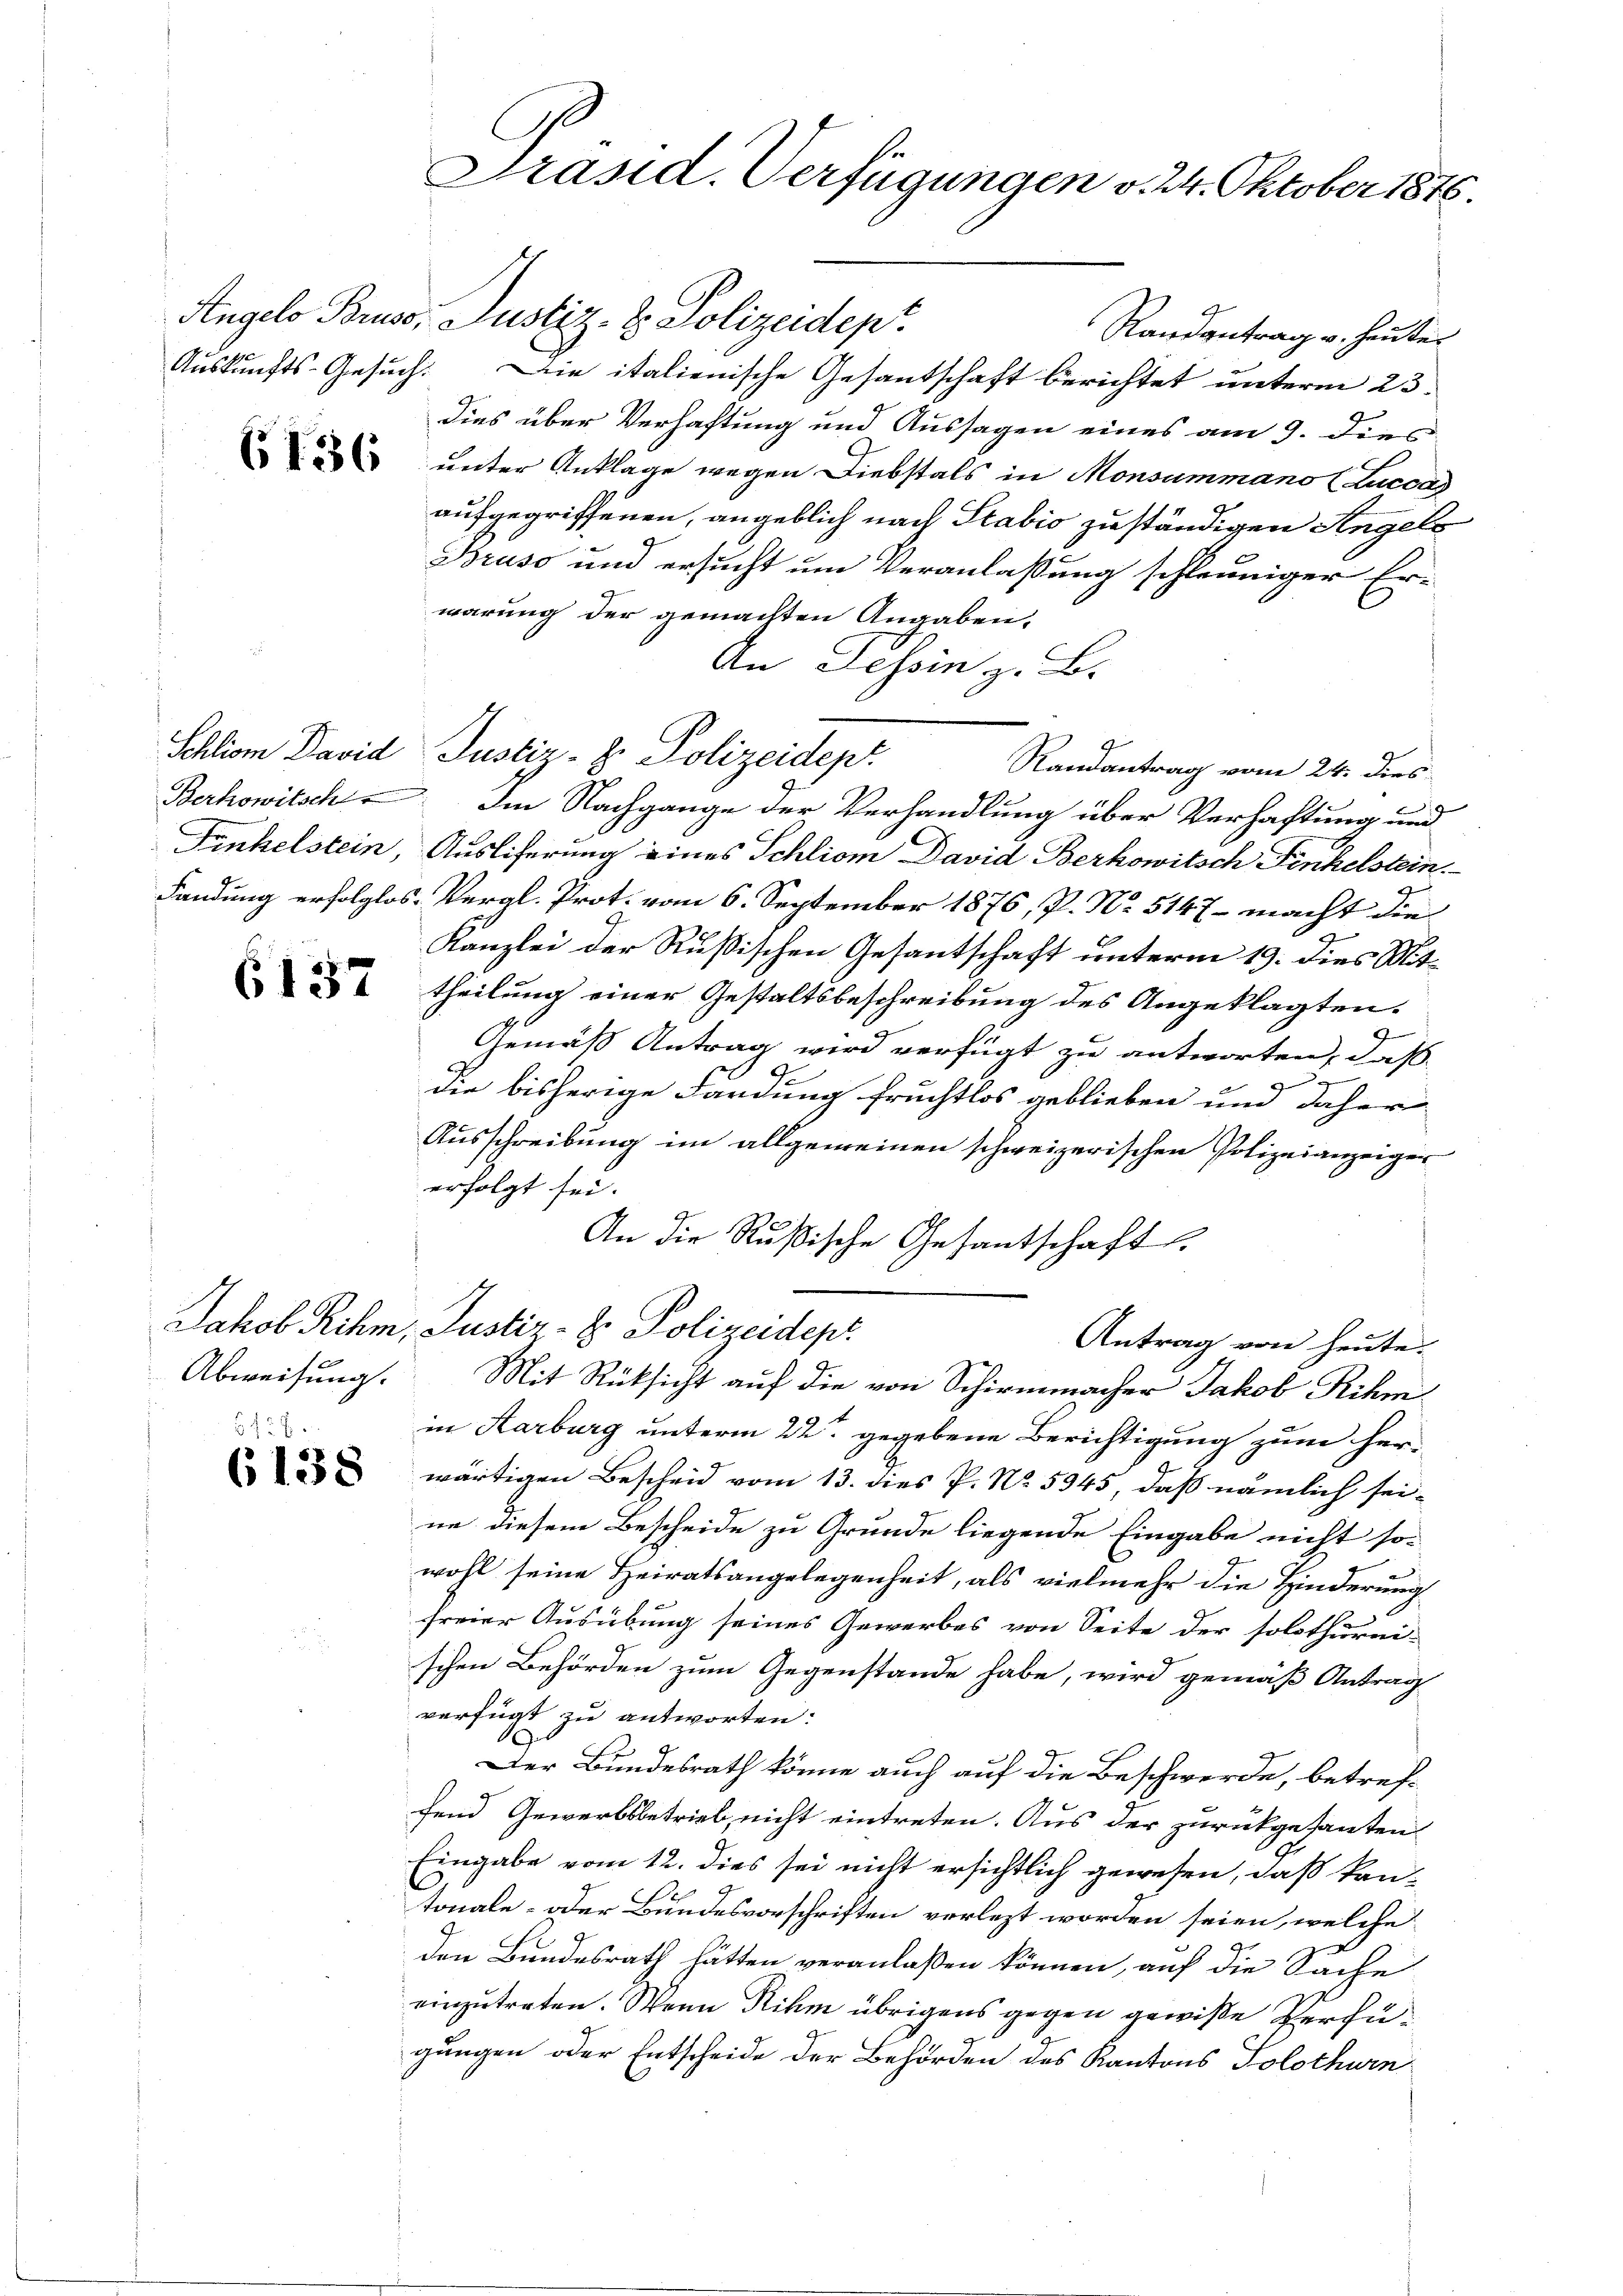
6137

127
6138

e
Präsid. Verfügungen v. 24. Oktober 1876.

Randantrag u. heuter
Auskunfts-Gesuch. Die italienische Gesandschaft berichtet unterm 23.
dies über Verhaftung und Aussagen eines am 9. dies
 unter Anklage wegen Liebstals in Monsummano (Lucca
aufgegriffenen, angeblich nach Stabio zuständigen Angels
Bruso und ersucht um Veranlaßung schleuniger Er-
wärung der gemachten Angaben,
An Tessin z. B.
Randantrag vom 24. dies
Berkowitsch Im Nachgange der Verhandlung über Verhaftung und
Frinkelstein, Auslieferung eines Schliom David Berkowitsch Fenkelstein.
Landung erfolglos. Vergl. Prot. vom 6. September 1876, P. Nr. 5147- macht die
Kanzlei der Rußischen Gesantschaft unterm 19. dies Mittheilung einer Gestaltsbeschreibung des Angeklagten.
Gemäß Antrag wird verfügt zu antworten, daß

2
die bisherige Fandung fruchtlos geblieben um daher
Ausschreibung im allgemeinen schweizerischen Polizeianzeiger
erfolgt sei.
An die Rußische Gesantschaft
Jakob Rihm, Justiz- & Polizeidept
Antrag von heute.
Abweisung. Mit Rüksicht auf die von Schirmmacher Jakob Rihm
in Karburg unterm 22ste gegebene Berichtigung zum her-
wärtigen Bescheid vom 13. dies P. No. 5345, daß nämlich seine diesem Bescheide zu Grunde liegende Eingabe nicht so-
wohl seine Heiratsangelegenheit, als vielmehr die Hinderung
freier Ausübung seines Gewerbes von Seite der solothurni-
schen Behörden zum Gegenstände habe, wird gemäß Antrag
verfügt zu antworten:
Der Bundesrath könne auch auf die Beschwerde, betreffend Gewerbsbetrieb nicht eintreten. Aus der zurückgesanten
Eingabe vom 12. dies sei nicht ersichtlich gewesen, daß kan-
tonale, oder Bundesvorschriften verlezt worden seien, welche
den Bundesrath hätten veranlaßen können, auf die Sache
einzutreten. Wenn ihm übrigens gegen gewiße Verfügungen oder Entscheide der Behörden des Kantons Solothurn

Angelo Bruss, Justiz- & Polizeidept

Schliom David Justiz- & Polizeidept